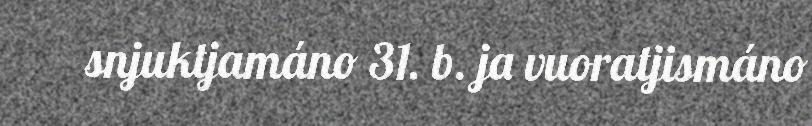
snjuktjamáno 31. b. ja vuoratjismáno